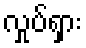
လှုပ်ရှား